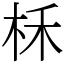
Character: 柇